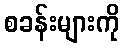
စခန်းများကို